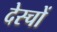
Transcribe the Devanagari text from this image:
देस्चों